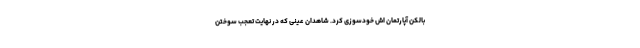
بالکن آپارتمان اش خودسوزی کرد. شاهدان عینی که در نهایت تعجب سوختن